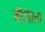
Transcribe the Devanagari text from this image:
बीजेला